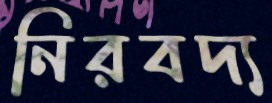
নিরবদ্য